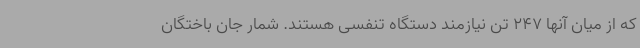
که از میان آنها 247 تن نیازمند دستگاه تنفسی هستند. شمار جان باختگان